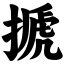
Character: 搋